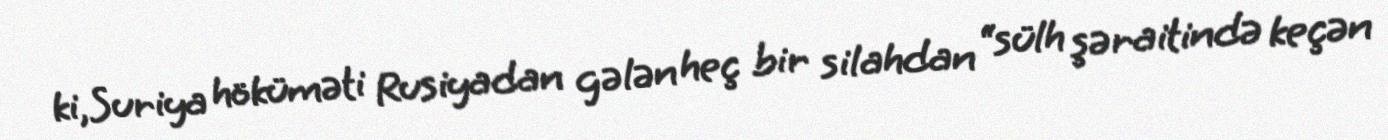
ki,Suriya höküməti Rusiyadan gələn heç bir silahdan “sülh şəraitində keçən